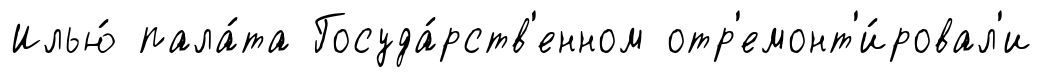
Илью́ пала́та Госуда́рств'енном отр'емонт'и́ровал'и